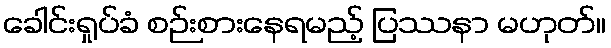
ခေါင်းရှုပ်ခံ စဉ်းစားနေရမည့် ပြဿနာ မဟုတ်။